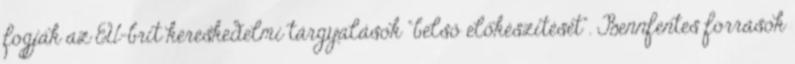
fogják az EU-brit kereskedelmi tárgyalások "belső előkészítését". Bennfentes források